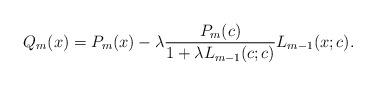
LaTeX: \begin{align*}Q_{m}(x)=P_{m}(x)-\lambda \frac{P_m(c)}{1+\lambda L_{m-1}(c;c)}L_{m-1}(x;c).\end{align*}